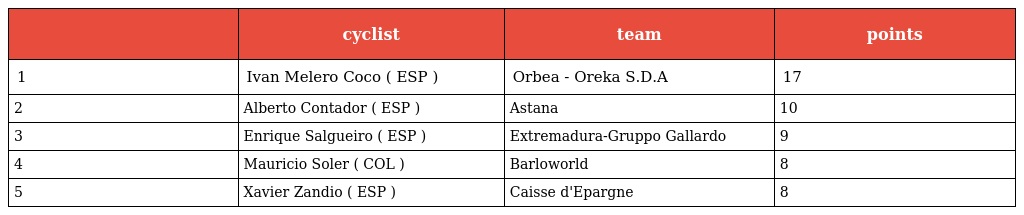
|  | cyclist | team | points |
 | --- | --- | --- | --- |
 | 1 | Ivan Melero Coco ( ESP ) | Orbea - Oreka S.D.A | 17 |
 | 2 | Alberto Contador ( ESP ) | Astana | 10 |
 | 3 | Enrique Salgueiro ( ESP ) | Extremadura-Gruppo Gallardo | 9 |
 | 4 | Mauricio Soler ( COL ) | Barloworld | 8 |
 | 5 | Xavier Zandio ( ESP ) | Caisse d'Epargne | 8 |